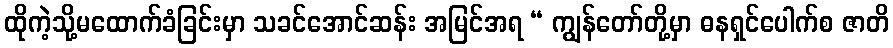
ထိုကဲ့သို့မထောက်ခံခြင်းမှာ သခင်အောင်ဆန်း အမြင်အရ “ ကျွန်တော်တို့မှာ ဓနရှင်ပေါက်စ ဇာတိ